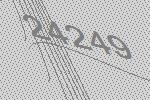
24249